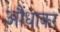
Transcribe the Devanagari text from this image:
आैंधाकर